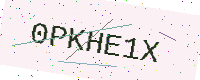
Text: 0PKHE1X